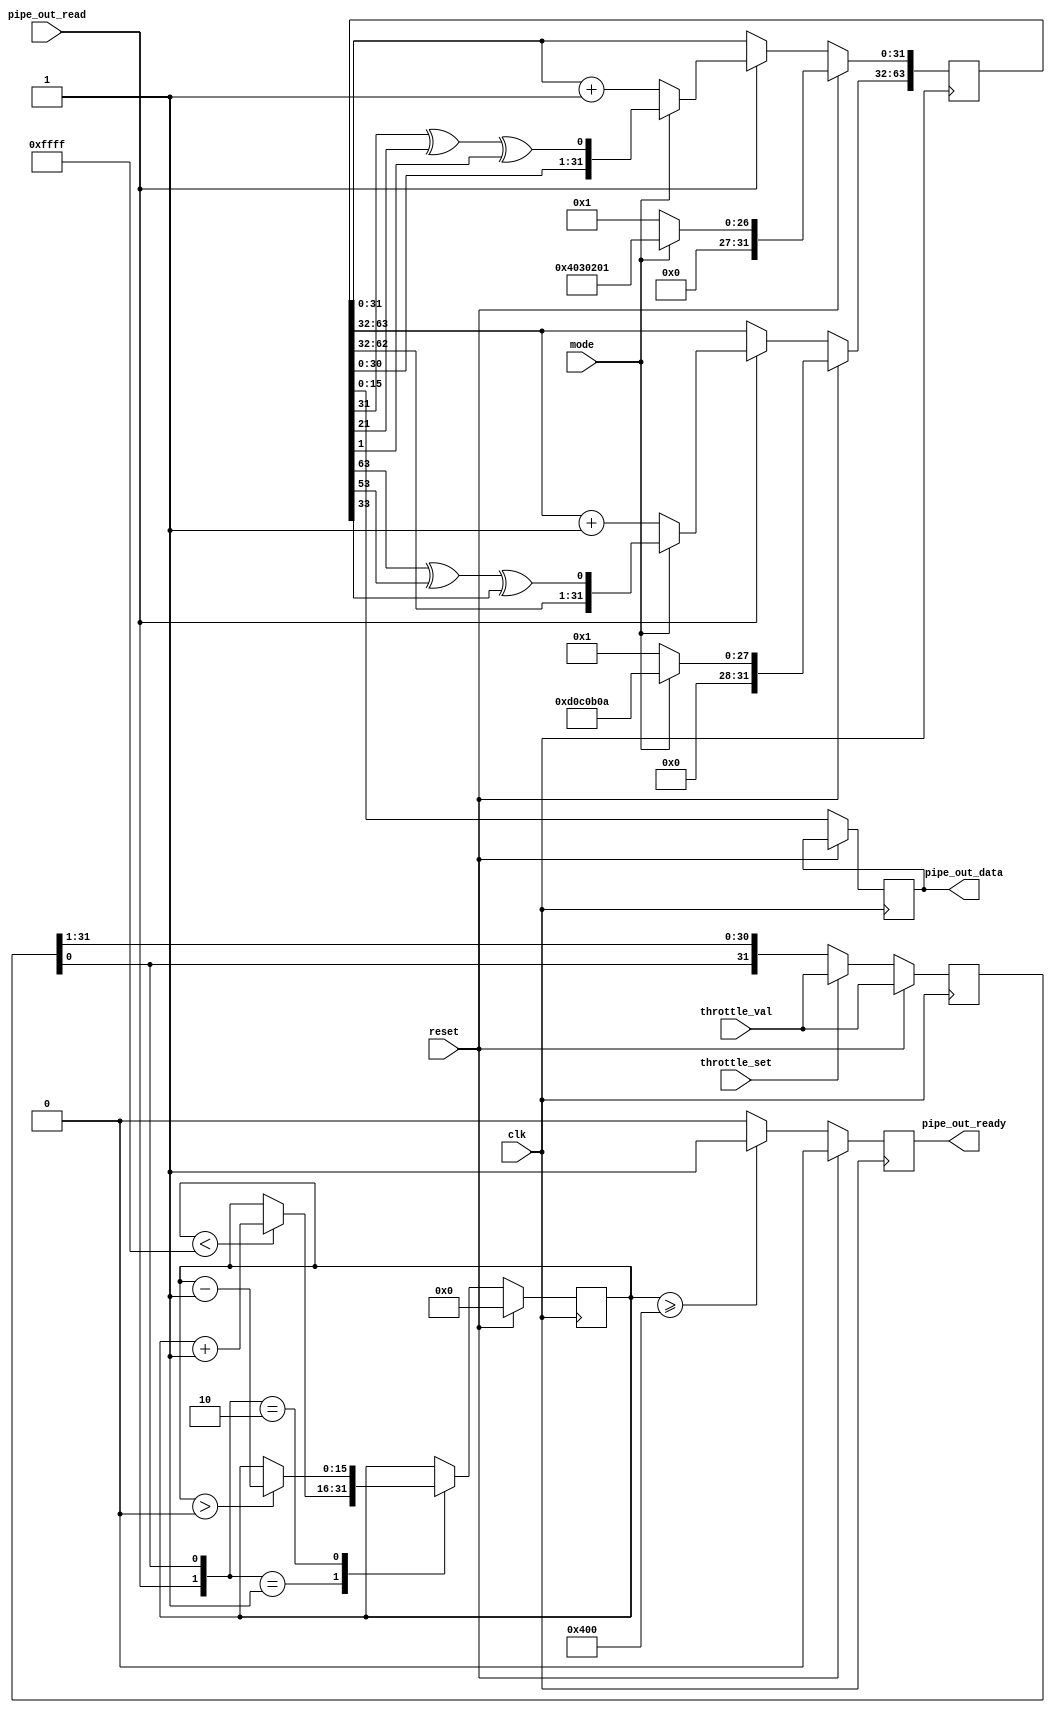
//------------------------------------------------------------------------
// pipe_out_check.v
//
// Generates pseudorandom data for Pipe Out verifications.
//
// Copyright (c) 2005-2010  Opal Kelly Incorporated
// $Rev$ $Date$
//------------------------------------------------------------------------
`timescale 1ns / 1ps
`default_nettype none

module pipe_out_check(
	input  wire            clk,
	input  wire            reset,
	input  wire            pipe_out_read,
	output wire [15:0]     pipe_out_data,
	output reg             pipe_out_ready,
	input  wire            throttle_set,
	input  wire [31:0]     throttle_val,
	input  wire            mode                // 0=Count, 1=LFSR
	);


reg  [63:0]  lfsr;
reg  [15:0]  lfsr_p1;
reg  [31:0]  throttle;
reg  [15:0]  level;

assign pipe_out_data = lfsr_p1;

//------------------------------------------------------------------------
// LFSR mode signals
//
// 32-bit: x^32 + x^22 + x^2 + 1
// lfsr_out_reg[0] <= r[31] ^ r[21] ^ r[1]
//------------------------------------------------------------------------
reg [31:0] temp;
always @(posedge clk) begin
	if (reset == 1'b1) begin
		throttle <= throttle_val;
		pipe_out_ready <= 1'b0;
		level <= 16'd0;

		if (mode == 1'b1) begin
			lfsr  <= 64'h0D0C0B0A04030201;
		end else begin
			lfsr  <= 64'h0000000100000001;
		end
	end else begin
		lfsr_p1 <= lfsr[15:0];
		
		if (level >= 16'd1024) begin
			pipe_out_ready <= 1'b1;
		end else begin
			pipe_out_ready <= 1'b0;
		end
	
		// Update our virtual FIFO level.
		case ({pipe_out_read, throttle[0]})
			2'b00: begin
			end
			
			// Write : Increase the FIFO level
			2'b01: begin
				if (level < 16'd65535) begin
					level <= level + 1'b1;
				end
			end
			
			// Read : Decrease the FIFO level
			2'b10: begin
				if (level > 16'd0) begin
					level <= level - 1'b1;
				end
			end
			
			// Read/Write : No net change
			2'b11: begin
			end
		endcase
	
		// The throttle is a circular register.
		// 1 enabled read or write this cycle.
		// 0 disables read or write this cycle.
		// So a single bit (0x00000001) would lead to 1/32 data rate.
		// Similarly 0xAAAAAAAA would lead to 1/2 data rate.
		if (throttle_set == 1'b1) begin
			throttle <= throttle_val;
		end else begin
			throttle <= {throttle[0], throttle[31:1]};
		end
		
		// Cycle the LFSR
		if (pipe_out_read == 1'b1) begin
			if (mode == 1'b1) begin
				temp = lfsr[31:0];
				lfsr[31:0]  <= {temp[30:0], temp[31] ^ temp[21] ^ temp[1]};
				temp = lfsr[63:32];
				lfsr[63:32] <= {temp[30:0], temp[31] ^ temp[21] ^ temp[1]};
			end else begin
				lfsr[31:0]  <= lfsr[31:0]  + 1'b1;
				lfsr[63:32] <= lfsr[63:32] + 1'b1;
			end
		end
	end
end

endmodule